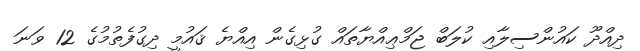
ދިއްދޫ ކައުންސިލާއި ކުލަބް ޖަމްޢިއްޔާތައް ގުޅިގެން އިއްޔެ ޤައުމީ ދިގުފެތުމުގެ 12 ވަނަ